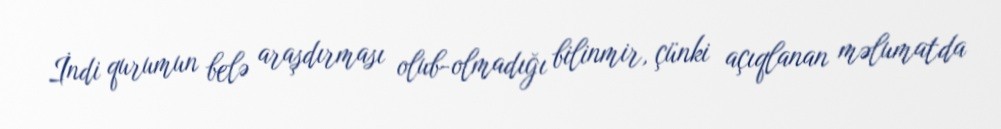
İndi qurumun belə araşdırması olub-olmadığı bilinmir, çünki açıqlanan məlumatda